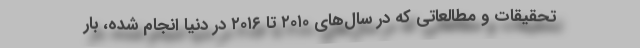
تحقیقات و مطالعاتی که در سال‌های ۲۰۱۰ تا ۲۰۱۶ در دنیا انجام شده، بار